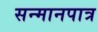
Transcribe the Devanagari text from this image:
सन्‍मानपात्र